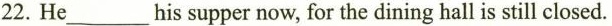
22. He ___ his supper now , for the dining hall is still closed.